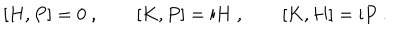
[ H , P ] = 0 \ , \qquad [ K , P ] = \mathrm { i } H \ , \qquad [ K , H ] = \mathrm { i } P \ .